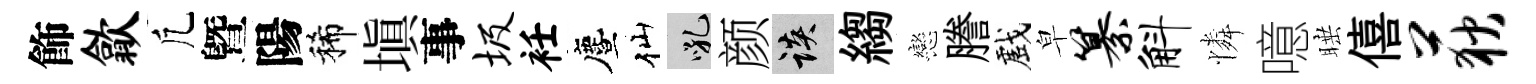
飾歙凢曁陽稀塡事圾衽󵨌仙吼颜談縐戀謄戲皁纂斛憐噫睡僖荻